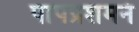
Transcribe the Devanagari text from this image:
पापप्रशमनं